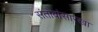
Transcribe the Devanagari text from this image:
संतोबांसारखा